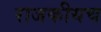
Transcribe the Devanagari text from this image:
राजकीयच